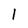
Character: 1